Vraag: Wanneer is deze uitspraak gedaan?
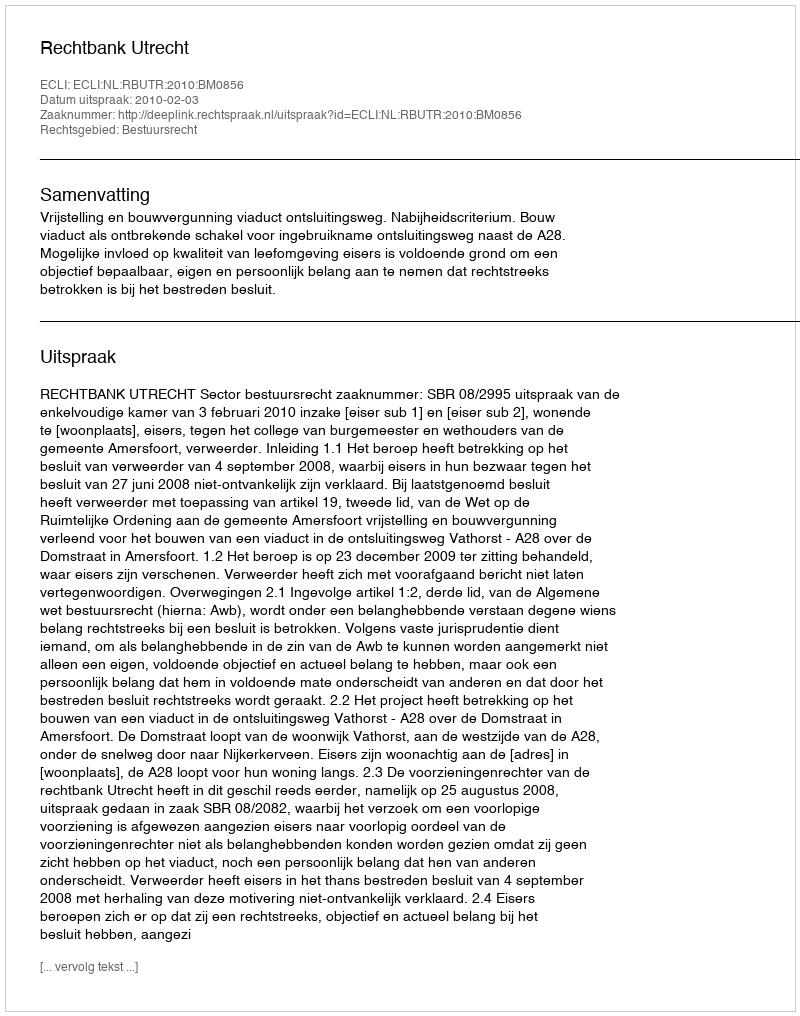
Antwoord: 2010-02-03